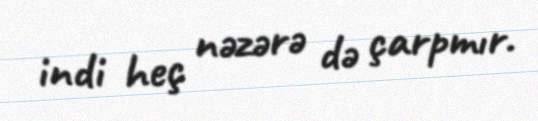
indi heç nəzərə də çarpmır.